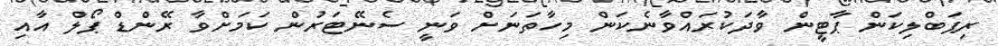
ރިޕަބްލިކަން ޕާޓީން ވާދަކުރައްވާނެކަން މިހާތަަނަށް ވަނީ ސެނޭޓަރުން ކަމަށްވާ ރޭންޑް ޕޯލް އާއި